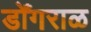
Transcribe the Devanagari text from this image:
डोँगराळ